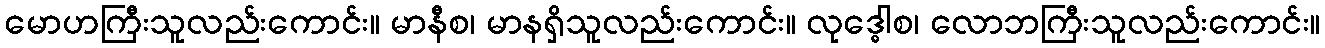
မောဟကြီးသူလည်းကောင်း။ မာနီစ၊ မာနရှိသူလည်းကောင်း။ လုဒ္ဓေါစ၊ လောဘကြီးသူလည်းကောင်း။